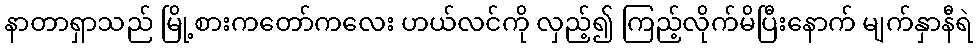
နာတာရှာသည် မြို့စားကတော်ကလေး ဟယ်လင်ကို လှည့်၍ ကြည့်လိုက်မိပြီးနောက် မျက်နှာနီရဲ